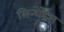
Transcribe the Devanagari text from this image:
सिन्थेटेस